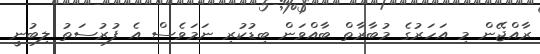
ރާއްޖޭން މި އަހަރުގެ މުބާރާތް ބާއްވަން ބިޑުކުރި ނަމަވެސް އެ ފުރުސަތު ލިބުނީ